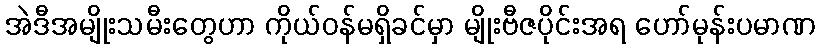
အဲဒီအမျိုးသမီးတွေဟာ ကိုယ်ဝန်မရှိခင်မှာ မျိုးဗီဇပိုင်းအရ ဟော်မုန်းပမာဏ